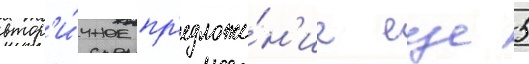
втор'и́чное пр'едложе́н'ие еще 5